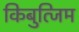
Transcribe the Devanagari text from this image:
किबुत्जिम